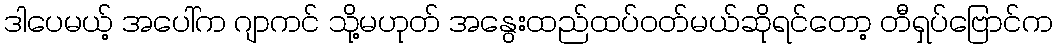
ဒါပေမယ့် အပေါ်က ဂျာကင် သို့မဟုတ် အနွေးထည်ထပ်ဝတ်မယ်ဆိုရင်တော့ တီရှပ်ဗြောင်က